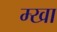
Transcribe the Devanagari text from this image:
म्खा